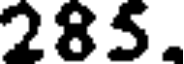
285.